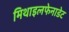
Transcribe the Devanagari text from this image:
मिथाइलफेनाडेट